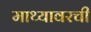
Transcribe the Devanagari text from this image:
माथ्यावरची